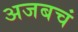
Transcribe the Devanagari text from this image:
अजबचं